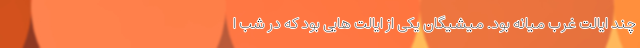
چند ایالت غرب میانه بود. میشیگان یکی از ایالت هایی بود که در شب ا